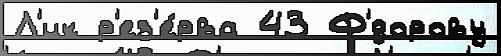
Л'ик р'ез'е́рва 43 Ф'́дорову